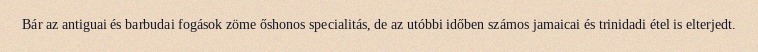
Bár az antiguai és barbudai fogások zöme őshonos specialitás, de az utóbbi időben számos jamaicai és trinidadi étel is elterjedt.